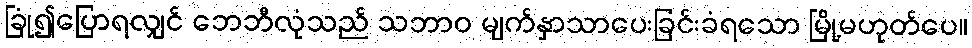
ခြုံ၍ပြောရလျှင် ဘေဘီလုံသည် သဘာဝ မျက်နှာသာပေးခြင်းခံရသော မြို့မဟုတ်ပေ။